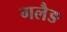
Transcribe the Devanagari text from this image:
गलैङ